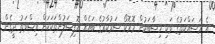
އެ މަސައްކަތުގެ ވަކި ހިސާބަކުން މޮރޮކޯ ސަރުކާރުގެ ބައެއް އޮފިޝަލުންތަކަކަށް ރިޝްވަތު ދީގެން